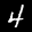
Label: 4